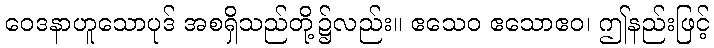
ဝေဒနာဟူသောပုဒ် အစရှိသည်တို့၌လည်း။ ဧသေဝ ဧသောဧဝ၊ ဤနည်းဖြင့်